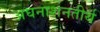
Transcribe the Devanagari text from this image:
अघनाशनतीर्थ